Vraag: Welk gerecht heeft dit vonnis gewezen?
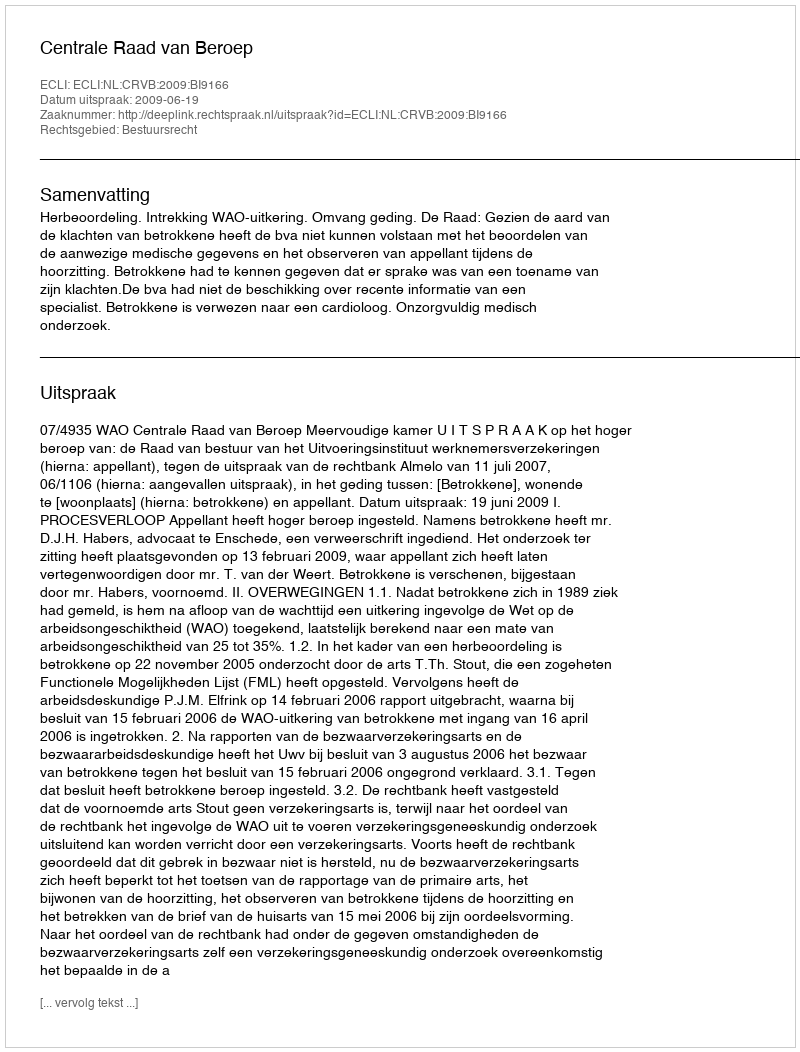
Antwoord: Centrale Raad van Beroep